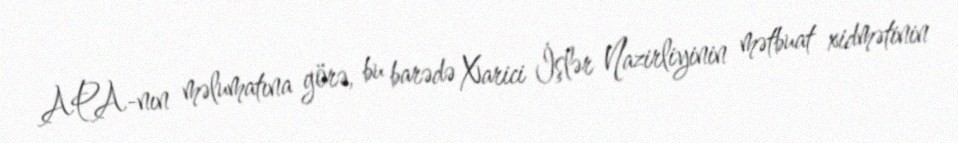
APA-nın məlumatına görə, bu barədə Xarici İşlər Nazirliyinin mətbuat xidmətinin